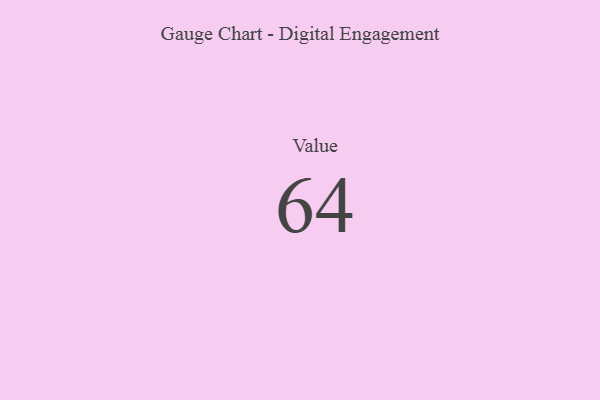
{"axis": {"x": "Metric", "y": "Value"}, "legend": [""], "data": [{"x": "Value", "y": 64, "type": ""}]}